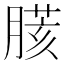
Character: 𦟍